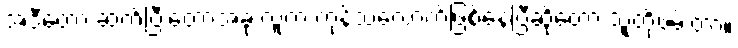
အဲဒီတော့ ဆက်ပြီးတော့အခု လူက ကုန်သလောက်ဖြစ်နေပြီဆိုတော့ သူတို့ဖမ်းတာ။